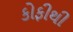
કોફીથી